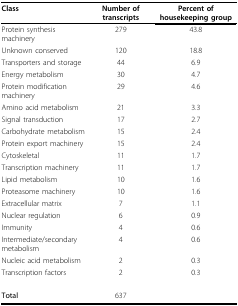
<table><thead><tr><td><b>Class</b></td><td><b>Number of transcripts</b></td><td><b>Percent of housekeeping group</b></td></tr></thead><tbody><tr><td>Protein synthesis machinery</td><td>279</td><td>43.8</td></tr><tr><td>Unknown conserved</td><td>120</td><td>18.8</td></tr><tr><td>Transporters and storage</td><td>44</td><td>6.9</td></tr><tr><td>Energy metabolism</td><td>30</td><td>4.7</td></tr><tr><td>Protein modification machinery</td><td>29</td><td>4.6</td></tr><tr><td>Amino acid metabolism</td><td>21</td><td>3.3</td></tr><tr><td>Signal transduction</td><td>17</td><td>2.7</td></tr><tr><td>Carbohydrate metabolism</td><td>15</td><td>2.4</td></tr><tr><td>Protein export machinery</td><td>15</td><td>2.4</td></tr><tr><td>Cytoskeletal</td><td>11</td><td>1.7</td></tr><tr><td>Transcription machinery</td><td>11</td><td>1.7</td></tr><tr><td>Lipid metabolism</td><td>10</td><td>1.6</td></tr><tr><td>Proteasome machinery</td><td>10</td><td>1.6</td></tr><tr><td>Extracellular matrix</td><td>7</td><td>1.1</td></tr><tr><td>Nuclear regulation</td><td>6</td><td>0.9</td></tr><tr><td>Immunity</td><td>4</td><td>0.6</td></tr><tr><td>Intermediate/secondary metabolism</td><td>4</td><td>0.6</td></tr><tr><td>Nucleic acid metabolism</td><td>2</td><td>0.3</td></tr><tr><td>Transcription factors</td><td>2</td><td>0.3</td></tr><tr><td><b>Total</b></td><td>637</td><td></td></tr></tbody></table>